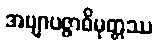
အဗျာပဇ္ဇာဓိမုတ္တဿ